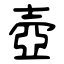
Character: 壺